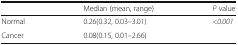
<table><thead><tr><td></td><td><b>Median (mean, range)</b></td><td><b><i>P</i> value</b></td></tr></thead><tbody><tr><td>Normal</td><td>0.26(0.32, 0.03–3.01)</td><td>&lt;<i>0.001</i></td></tr><tr><td>Cancer</td><td>0.08(0.15, 0.01–2.66)</td><td></td></tr></tbody></table>